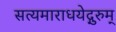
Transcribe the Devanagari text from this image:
सत्यमाराधयेद्गुरुम्